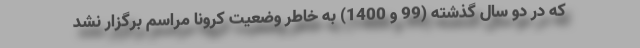
که در دو سال گذشته (99 و 1400) به خاطر وضعیت کرونا مراسم برگزار نشد